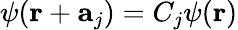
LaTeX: \psi(\mathbf{r}+\mathbf{a}_{j})=C_{j}\psi(\mathbf{r})